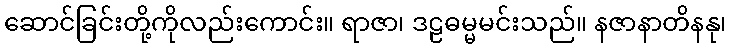
ဆောင်ခြင်းတို့ကိုလည်းကောင်း။ ရာဇာ၊ ဒဠဓမ္မမင်းသည်။ နဇာနာတိနနု၊